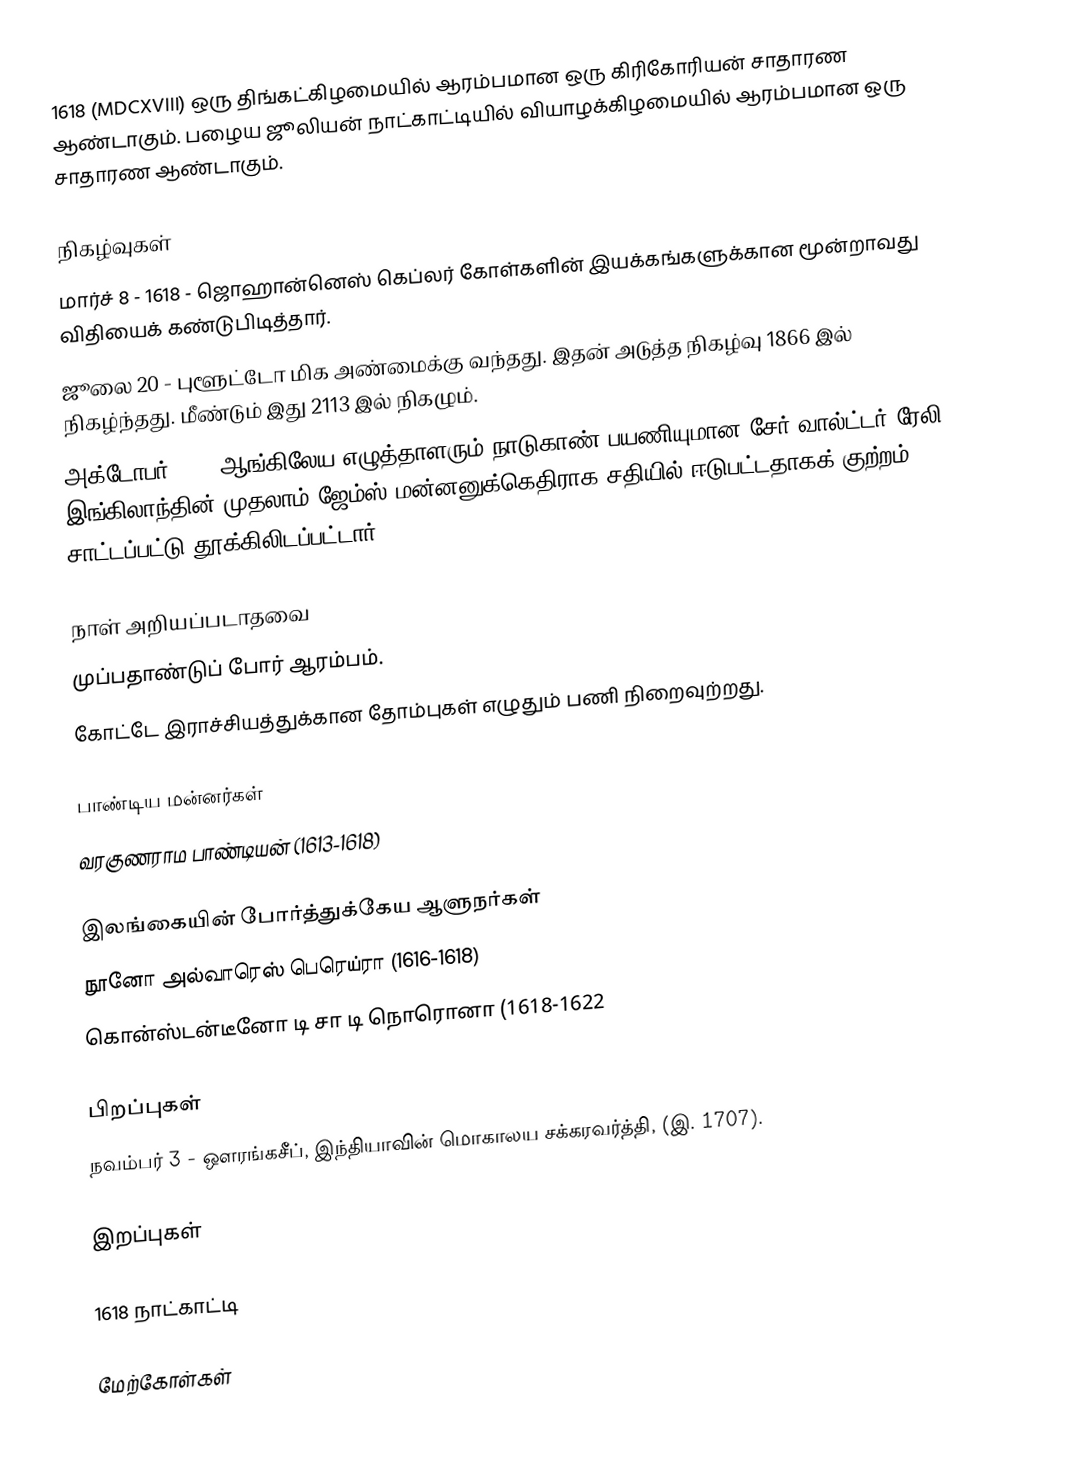
1618 (MDCXVIII) ஒரு திங்கட்கிழமையில் ஆரம்பமான ஒரு கிரிகோரியன் சாதாரண ஆண்டாகும். பழைய ஜூலியன் நாட்காட்டியில் வியாழக்கிழமையில் ஆரம்பமான ஒரு சாதாரண ஆண்டாகும்.

நிகழ்வுகள்
 மார்ச் 8 - 1618 - ஜொஹான்னெஸ் கெப்லர் கோள்களின் இயக்கங்களுக்கான மூன்றாவது விதியைக் கண்டுபிடித்தார்.
 ஜூலை 20 - புளூட்டோ மிக அண்மைக்கு வந்தது. இதன் அடுத்த நிகழ்வு 1866 இல் நிகழ்ந்தது. மீண்டும் இது 2113 இல் நிகழும்.
 அக்டோபர் 29 - ஆங்கிலேய எழுத்தாளரும் நாடுகாண் பயணியுமான சேர் வால்ட்டர் ரேலி இங்கிலாந்தின் முதலாம் ஜேம்ஸ் மன்னனுக்கெதிராக சதியில் ஈடுபட்டதாகக் குற்றம் சாட்டப்பட்டு தூக்கிலிடப்பட்டார்.

நாள் அறியப்படாதவை
 முப்பதாண்டுப் போர் ஆரம்பம்.
 கோட்டே இராச்சியத்துக்கான தோம்புகள் எழுதும் பணி நிறைவுற்றது.

பாண்டிய மன்னர்கள்
 வரகுணராம பாண்டியன் (1613-1618)

இலங்கையின் போர்த்துக்கேய ஆளுநர்கள்
 நூனோ அல்வாரெஸ் பெரெய்ரா (1616-1618)
 கொன்ஸ்டன்டீனோ டி சா டி நொரொனா (1618-1622

பிறப்புகள்
 நவம்பர் 3 - ஔரங்கசீப், இந்தியாவின் மொகாலய சக்கரவர்த்தி, (இ. 1707).

இறப்புகள்

1618 நாட்காட்டி

மேற்கோள்கள்